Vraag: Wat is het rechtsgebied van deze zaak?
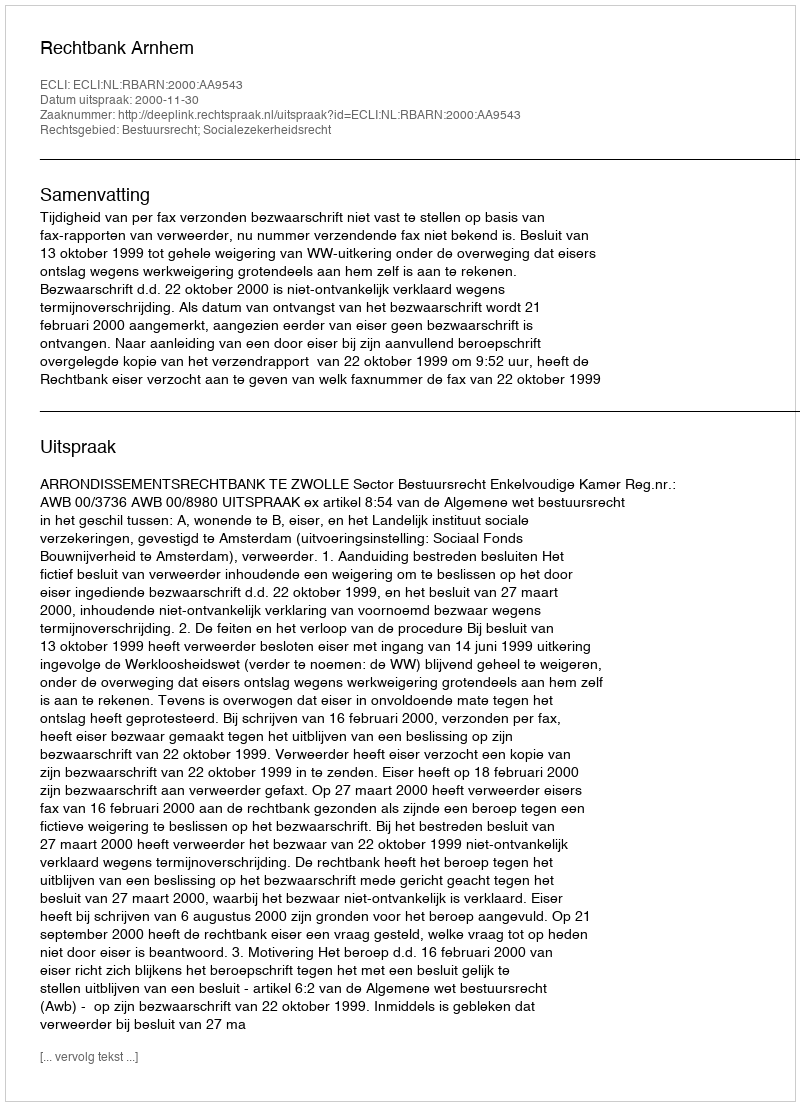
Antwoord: Bestuursrecht; Socialezekerheidsrecht